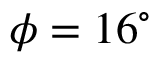
\phi = 1 6 ^ { \circ }